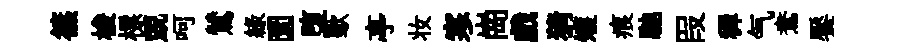
篠梭標兢呵鷥緑圜堕歜亭妆寒崗戲猜矱痕馳叚穉气鴦饜